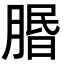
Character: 𦝮